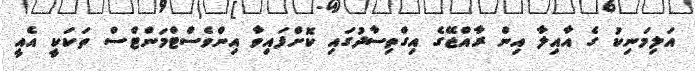
އަލިމަނިކު ގެ އާއިލާ އިން ރާއްޖޭގެ އިގްތިސާދުގައި ކޮށްފައިވާ އިންވެސްޓްމަންޓްސް ތަކަކީ އެއީ